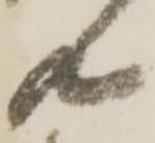
共